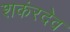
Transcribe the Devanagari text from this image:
शकंरदेव